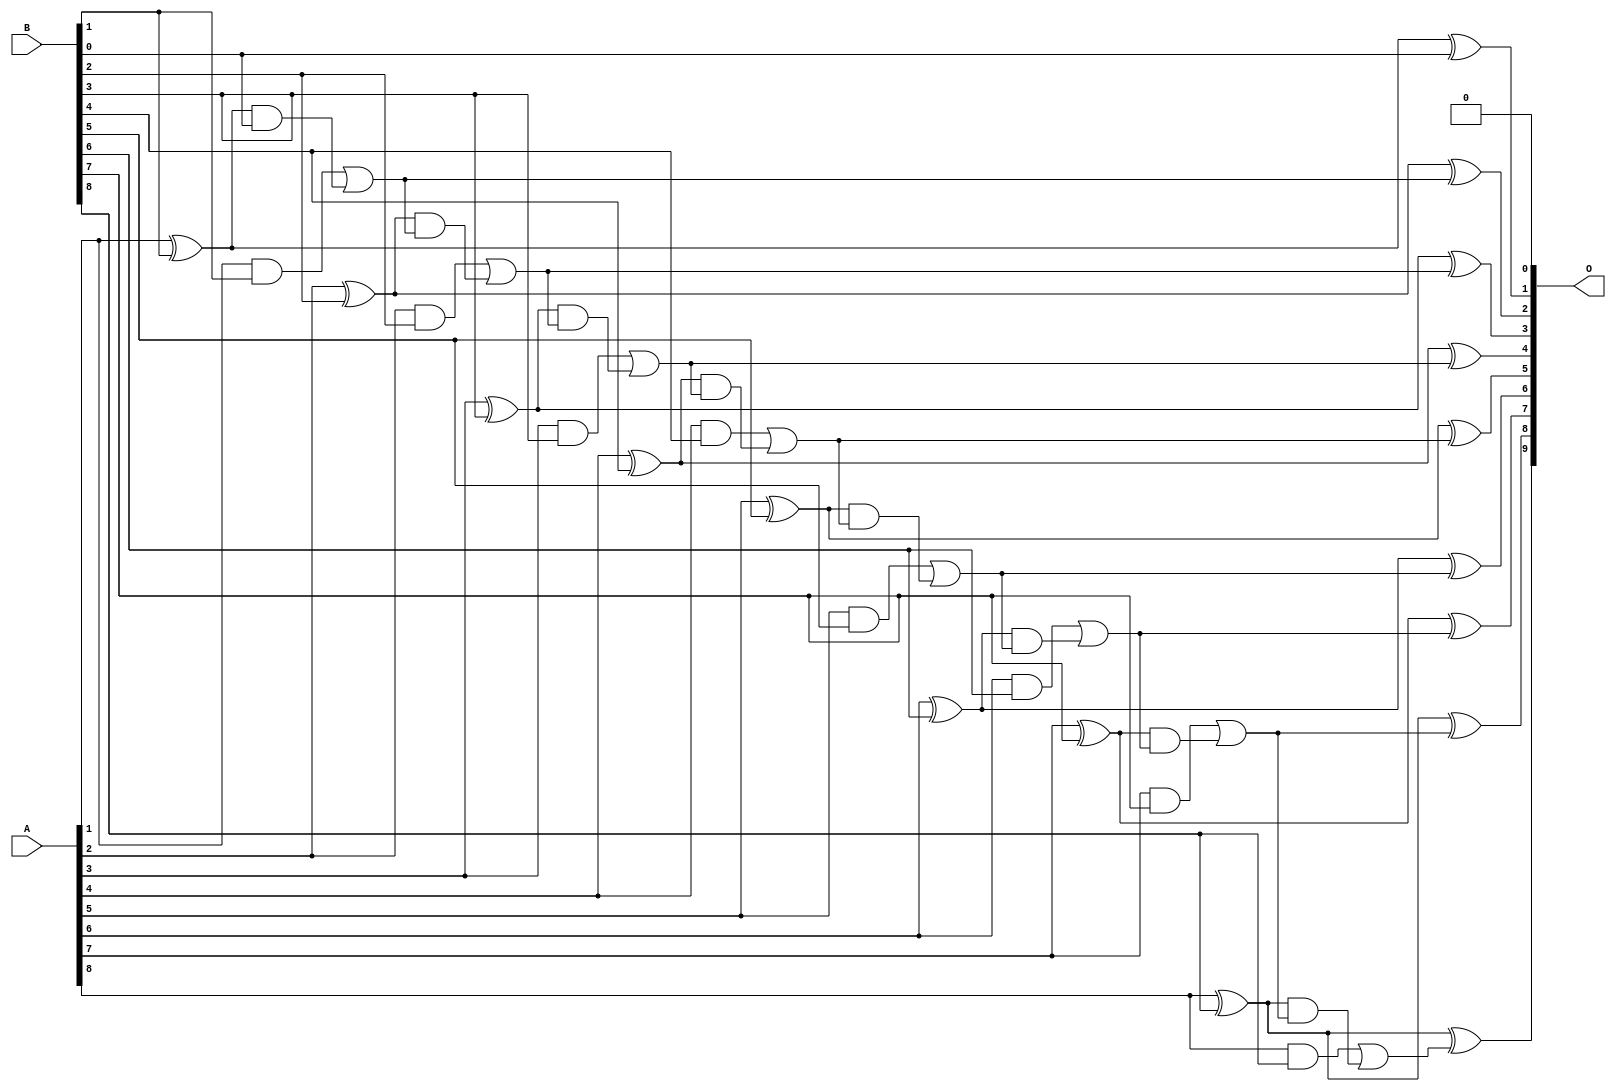
// This program was cloned from: https://github.com/ehw-fit/evoapproxlib
// License: MIT License

/***
* This code is a part of EvoApproxLib library (ehw.fit.vutbr.cz/approxlib) distributed under The MIT License.
* When used, please cite the following article(s): V. Mrazek, L. Sekanina, Z. Vasicek "Libraries of Approximate Circuits: Automated Design and Application in CNN Accelerators" IEEE Journal on Emerging and Selected Topics in Circuits and Systems, Vol 10, No 4, 2020 
* This file contains a circuit from a sub-set of pareto optimal circuits with respect to the pwr and wce parameters
***/
// MAE% = 0.098 %
// MAE = 0.5 
// WCE% = 0.20 %
// WCE = 1.0 
// WCRE% = 100.00 %
// EP% = 50.00 %
// MRE% = 1.27 %
// MSE = 0.5 
// PDK45_PWR = 0.037 mW
// PDK45_AREA = 75.6 um2
// PDK45_DELAY = 0.68 ns

module add9se_0CG (
    A,
    B,
    O
);

input [8:0] A;
input [8:0] B;
output [9:0] O;

wire sig_20,sig_21,sig_22,sig_23,sig_24,sig_25,sig_26,sig_27,sig_28,sig_29,sig_30,sig_31,sig_32,sig_33,sig_34,sig_35,sig_36,sig_37,sig_38,sig_39;
wire sig_40,sig_41,sig_42,sig_43,sig_44,sig_45,sig_46,sig_47,sig_48,sig_49,sig_50,sig_51,sig_52,sig_53,sig_54,sig_55,sig_56,sig_57,sig_58,sig_59;
wire sig_61;

assign sig_20 = A[1] ^ B[1];
assign sig_21 = A[1] & B[1];
assign sig_22 = sig_20 & B[0];
assign sig_23 = sig_20 ^ B[0];
assign sig_24 = sig_21 | sig_22;
assign sig_25 = A[2] ^ B[2];
assign sig_26 = A[2] & B[2];
assign sig_27 = sig_25 & sig_24;
assign sig_28 = sig_25 ^ sig_24;
assign sig_29 = sig_26 | sig_27;
assign sig_30 = A[3] ^ B[3];
assign sig_31 = A[3] & B[3];
assign sig_32 = sig_30 & sig_29;
assign sig_33 = sig_30 ^ sig_29;
assign sig_34 = sig_31 | sig_32;
assign sig_35 = A[4] ^ B[4];
assign sig_36 = A[4] & B[4];
assign sig_37 = sig_35 & sig_34;
assign sig_38 = sig_35 ^ sig_34;
assign sig_39 = sig_36 | sig_37;
assign sig_40 = A[5] ^ B[5];
assign sig_41 = A[5] & B[5];
assign sig_42 = sig_40 & sig_39;
assign sig_43 = sig_40 ^ sig_39;
assign sig_44 = sig_41 | sig_42;
assign sig_45 = A[6] ^ B[6];
assign sig_46 = A[6] & B[6];
assign sig_47 = sig_45 & sig_44;
assign sig_48 = sig_45 ^ sig_44;
assign sig_49 = sig_46 | sig_47;
assign sig_50 = A[7] ^ B[7];
assign sig_51 = A[7] & B[7];
assign sig_52 = sig_50 & sig_49;
assign sig_53 = sig_50 ^ sig_49;
assign sig_54 = sig_51 | sig_52;
assign sig_55 = A[8] ^ B[8];
assign sig_56 = A[8] & B[8];
assign sig_57 = sig_55 & sig_54;
assign sig_58 = sig_55 ^ sig_54;
assign sig_59 = sig_56 | sig_57;
assign sig_61 = sig_55 ^ sig_59;

assign O[9] = sig_61;
assign O[8] = sig_58;
assign O[7] = sig_53;
assign O[6] = sig_48;
assign O[5] = sig_43;
assign O[4] = sig_38;
assign O[3] = sig_33;
assign O[2] = sig_28;
assign O[1] = sig_23;
assign O[0] = 1'b0;

endmodule